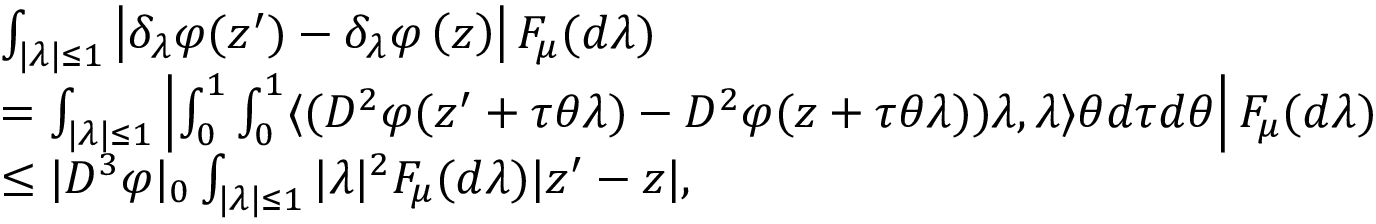
\begin{array} { r l } & { \int _ { | \lambda | \leq 1 } \left\vert \delta _ { \lambda } \varphi ( z ^ { \prime } ) - \delta _ { \lambda } \varphi \left( z \right) \right\vert F _ { \mu } ( d \lambda ) } \\ & { = \int _ { | \lambda | \leq 1 } \left\vert \int _ { 0 } ^ { 1 } \int _ { 0 } ^ { 1 } \langle ( D ^ { 2 } \varphi ( z ^ { \prime } + \tau \theta \lambda ) - D ^ { 2 } \varphi ( z + \tau \theta \lambda ) ) \lambda , \lambda \rangle \theta d \tau d \theta \right\vert F _ { \mu } ( d \lambda ) } \\ & { \leq | D ^ { 3 } \varphi | _ { 0 } \int _ { | \lambda | \leq 1 } | \lambda | ^ { 2 } F _ { \mu } ( d \lambda ) | z ^ { \prime } - z | , } \end{array}